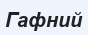
Гафний